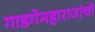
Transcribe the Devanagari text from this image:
गाडगेमहाराजांची